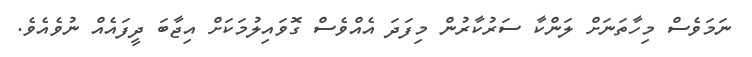
ނަމަވެސް މިހާތަނަށް ލަންކާ ސަރުކާރުން މިފަދަ އެއްވެސް ގޮވައިލުމަކަށް އިޖާބަ ދީފައެއް ނުވެއެވެ.